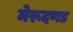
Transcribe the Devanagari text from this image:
मेरूदणड